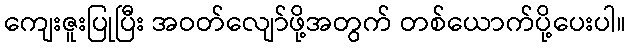
ကျေးဇူးပြုပြီး အဝတ်လျော်ဖို့အတွက် တစ်ယောက်ပို့ပေးပါ။